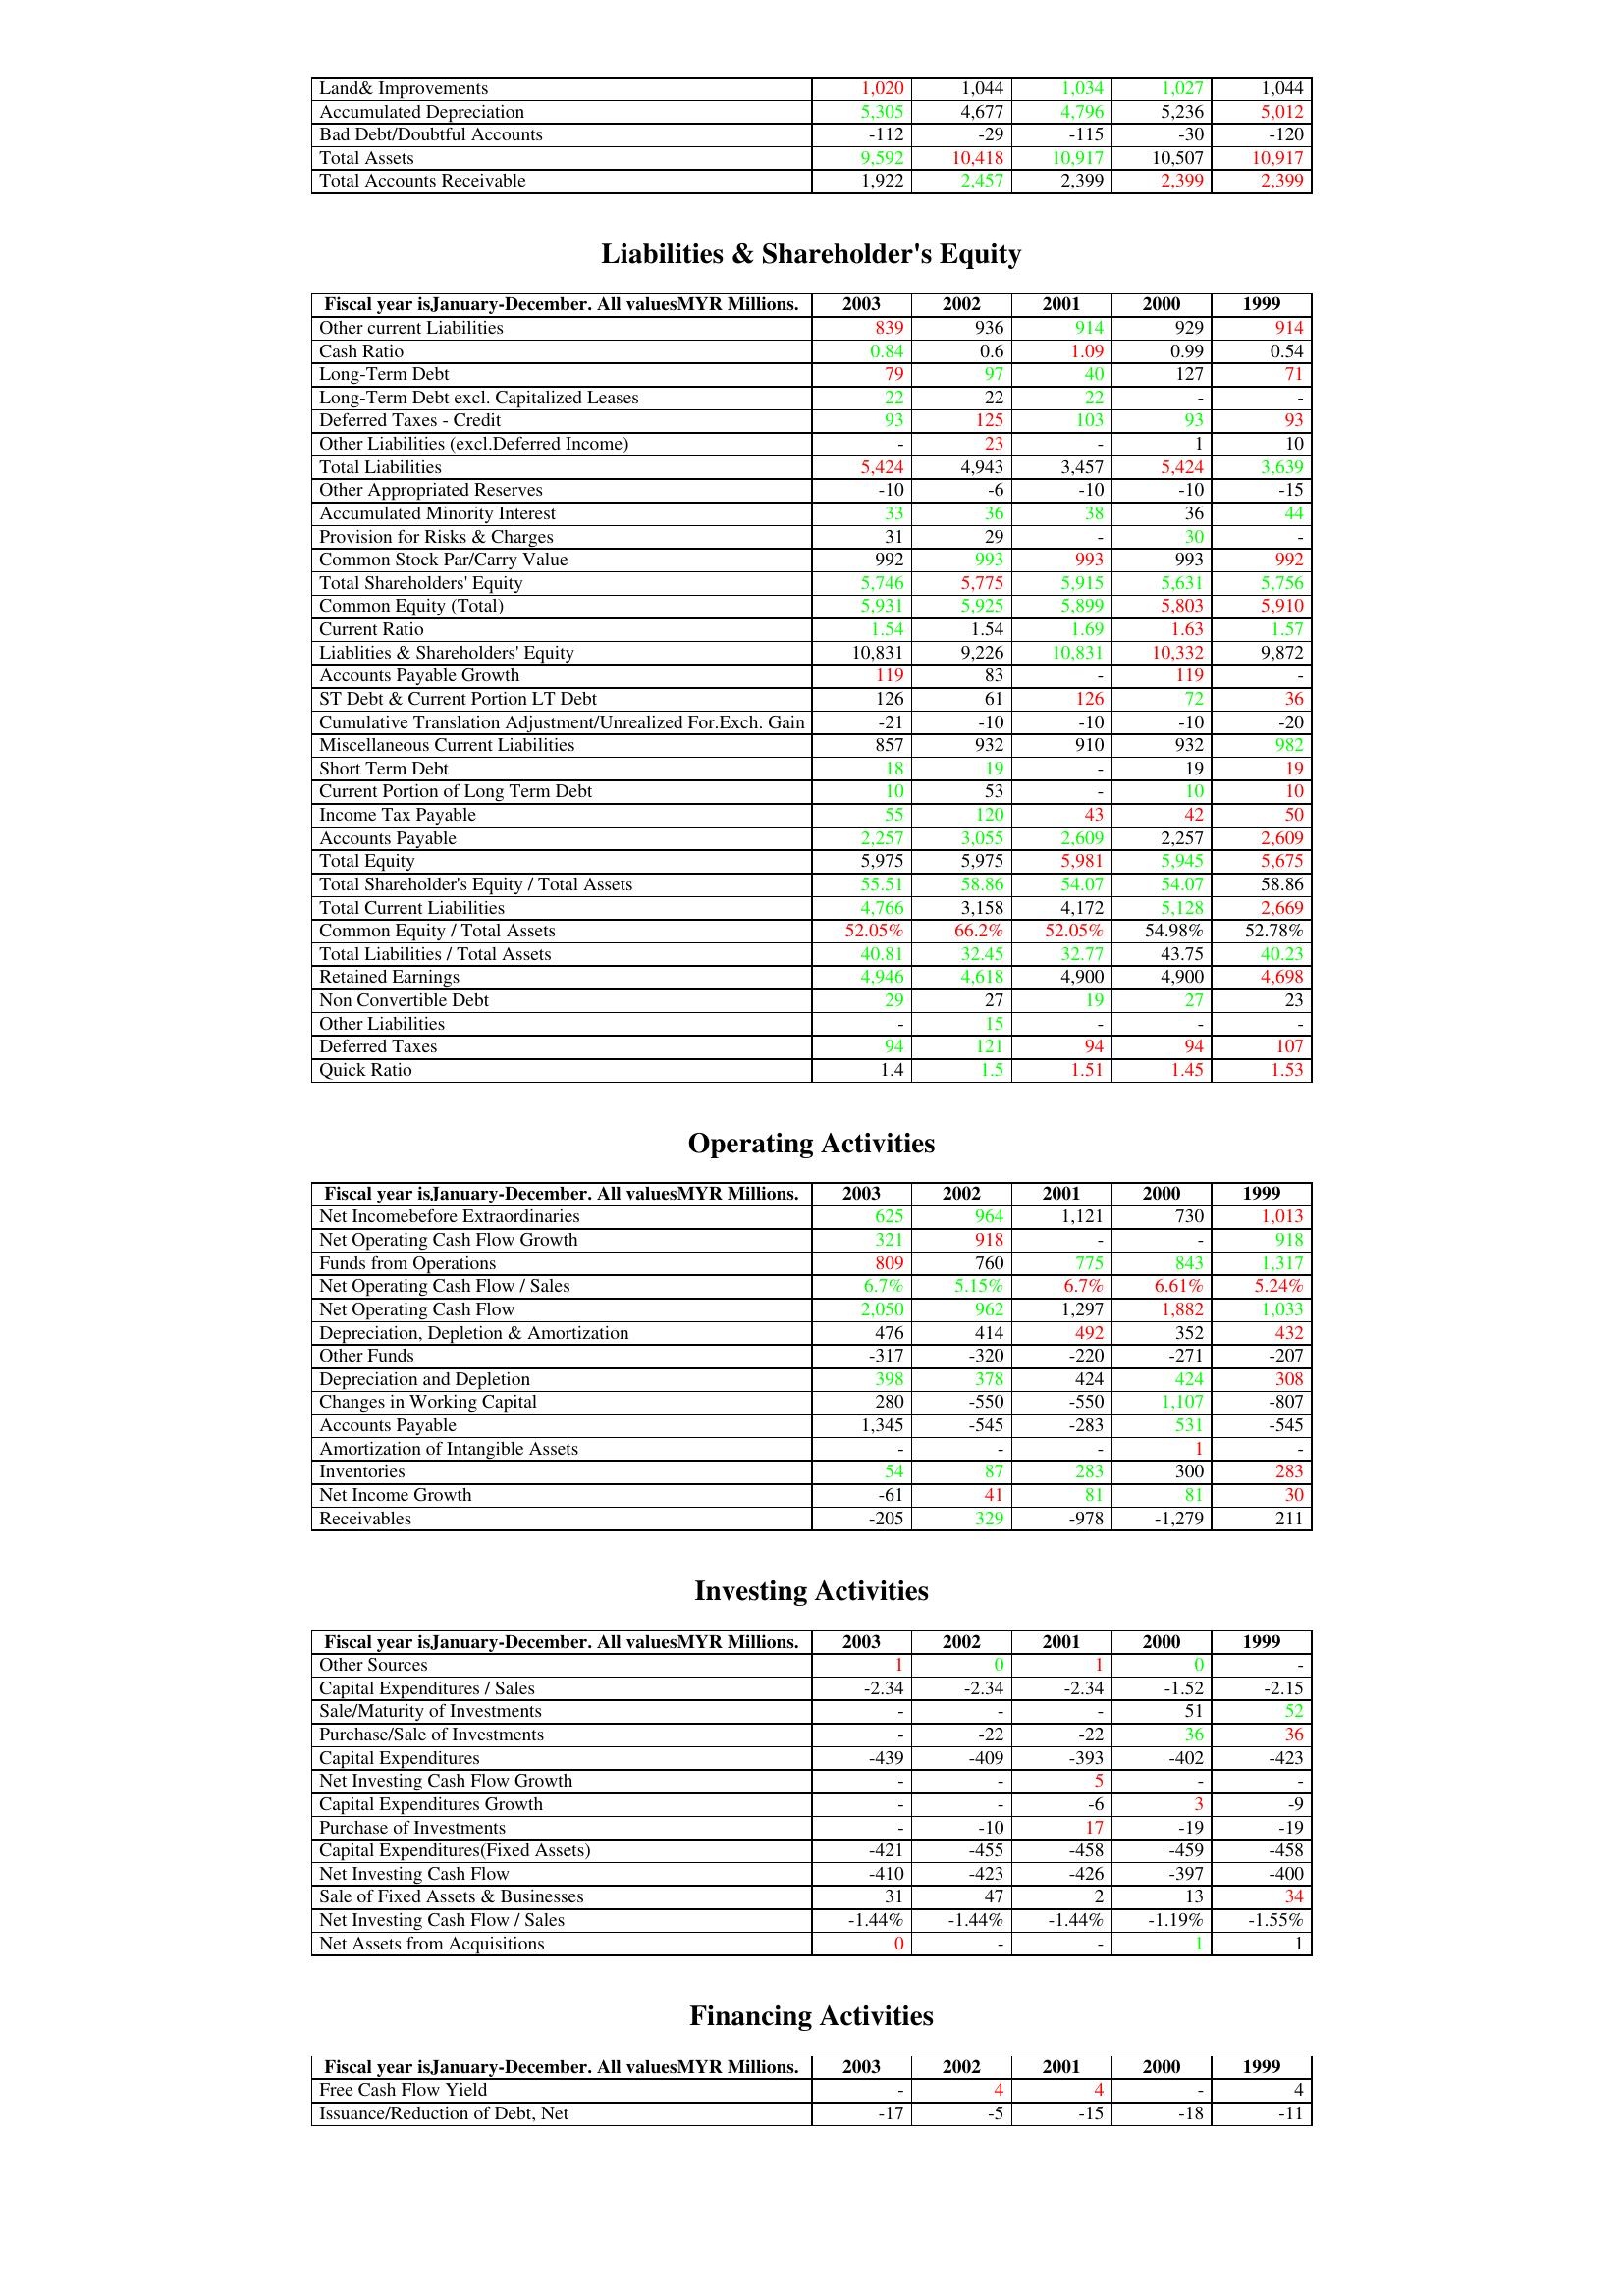
gt_parse: 2003: Assets: Land& Improvements: 1,020
Accumulated Depreciation: 5,305
Bad Debt/Doubtful Accounts: -112
Total Assets: 9,592
Total Accounts Receivable: 1,922
Liabilities & Shareholder's Equity: Other current Liabilities: 839
Cash Ratio: 0.84
Long-Term Debt: 79
Long-Term Debt excl. Capitalized Leases: 22
Deferred Taxes - Credit: 93
Other Liabilities (excl.Deferred Income): -
Total Liabilities: 5,424
Other Appropriated Reserves: -10
Accumulated Minority Interest: 33
Provision for Risks & Charges: 31
Common Stock Par/Carry Value: 992
Total Shareholders' Equity: 5,746
Common Equity (Total): 5,931
Current Ratio: 1.54
Liablities & Shareholders' Equity: 10,831
Accounts Payable Growth: 119
ST Debt & Current Portion LT Debt: 126
Cumulative Translation Adjustment/Unrealized For.Exch. Gain: -21
Miscellaneous Current Liabilities: 857
Short Term Debt: 18
Current Portion of Long Term Debt: 10
Income Tax Payable: 55
Accounts Payable: 2,257
Total Equity: 5,975
Total Shareholder's Equity / Total Assets: 55.51
Total Current Liabilities: 4,766
Common Equity / Total Assets: 52.05%
Total Liabilities / Total Assets: 40.81
Retained Earnings: 4,946
Non Convertible Debt: 29
Other Liabilities: -
Deferred Taxes: 94
Quick Ratio: 1.4
Operating Activities: Net Incomebefore Extraordinaries: 625
Net Operating Cash Flow Growth: 321
Funds from Operations: 809
Net Operating Cash Flow / Sales: 6.7%
Net Operating Cash Flow: 2,050
Depreciation, Depletion & Amortization: 476
Other Funds: -317
Depreciation and Depletion: 398
Changes in Working Capital: 280
Accounts Payable: 1,345
Amortization of Intangible Assets: -
Inventories: 54
Net Income Growth: -61
Receivables: -205
Investing Activities: Other Sources: 1
Capital Expenditures / Sales: -2.34
Sale/Maturity of Investments: -
Purchase/Sale of Investments: -
Capital Expenditures: -439
Net Investing Cash Flow Growth: -
Capital Expenditures Growth: -
Purchase of Investments: -
Capital Expenditures(Fixed Assets): -421
Net Investing Cash Flow: -410
Sale of Fixed Assets & Businesses: 31
Net Investing Cash Flow / Sales: -1.44%
Net Assets from Acquisitions: 0
Financing Activities: Free Cash Flow Yield: -
Issuance/Reduction of Debt, Net: -17
2002: Assets: Land& Improvements: 1,044
Accumulated Depreciation: 4,677
Bad Debt/Doubtful Accounts: -29
Total Assets: 10,418
Total Accounts Receivable: 2,457
Liabilities & Shareholder's Equity: Other current Liabilities: 936
Cash Ratio: 0.6
Long-Term Debt: 97
Long-Term Debt excl. Capitalized Leases: 22
Deferred Taxes - Credit: 125
Other Liabilities (excl.Deferred Income): 23
Total Liabilities: 4,943
Other Appropriated Reserves: -6
Accumulated Minority Interest: 36
Provision for Risks & Charges: 29
Common Stock Par/Carry Value: 993
Total Shareholders' Equity: 5,775
Common Equity (Total): 5,925
Current Ratio: 1.54
Liablities & Shareholders' Equity: 9,226
Accounts Payable Growth: 83
ST Debt & Current Portion LT Debt: 61
Cumulative Translation Adjustment/Unrealized For.Exch. Gain: -10
Miscellaneous Current Liabilities: 932
Short Term Debt: 19
Current Portion of Long Term Debt: 53
Income Tax Payable: 120
Accounts Payable: 3,055
Total Equity: 5,975
Total Shareholder's Equity / Total Assets: 58.86
Total Current Liabilities: 3,158
Common Equity / Total Assets: 66.2%
Total Liabilities / Total Assets: 32.45
Retained Earnings: 4,618
Non Convertible Debt: 27
Other Liabilities: 15
Deferred Taxes: 121
Quick Ratio: 1.5
Operating Activities: Net Incomebefore Extraordinaries: 964
Net Operating Cash Flow Growth: 918
Funds from Operations: 760
Net Operating Cash Flow / Sales: 5.15%
Net Operating Cash Flow: 962
Depreciation, Depletion & Amortization: 414
Other Funds: -320
Depreciation and Depletion: 378
Changes in Working Capital: -550
Accounts Payable: -545
Amortization of Intangible Assets: -
Inventories: 87
Net Income Growth: 41
Receivables: 329
Investing Activities: Other Sources: 0
Capital Expenditures / Sales: -2.34
Sale/Maturity of Investments: -
Purchase/Sale of Investments: -22
Capital Expenditures: -409
Net Investing Cash Flow Growth: -
Capital Expenditures Growth: -
Purchase of Investments: -10
Capital Expenditures(Fixed Assets): -455
Net Investing Cash Flow: -423
Sale of Fixed Assets & Businesses: 47
Net Investing Cash Flow / Sales: -1.44%
Net Assets from Acquisitions: -
Financing Activities: Free Cash Flow Yield: 4
Issuance/Reduction of Debt, Net: -5
2001: Assets: Land& Improvements: 1,034
Accumulated Depreciation: 4,796
Bad Debt/Doubtful Accounts: -115
Total Assets: 10,917
Total Accounts Receivable: 2,399
Liabilities & Shareholder's Equity: Other current Liabilities: 914
Cash Ratio: 1.09
Long-Term Debt: 40
Long-Term Debt excl. Capitalized Leases: 22
Deferred Taxes - Credit: 103
Other Liabilities (excl.Deferred Income): -
Total Liabilities: 3,457
Other Appropriated Reserves: -10
Accumulated Minority Interest: 38
Provision for Risks & Charges: -
Common Stock Par/Carry Value: 993
Total Shareholders' Equity: 5,915
Common Equity (Total): 5,899
Current Ratio: 1.69
Liablities & Shareholders' Equity: 10,831
Accounts Payable Growth: -
ST Debt & Current Portion LT Debt: 126
Cumulative Translation Adjustment/Unrealized For.Exch. Gain: -10
Miscellaneous Current Liabilities: 910
Short Term Debt: -
Current Portion of Long Term Debt: -
Income Tax Payable: 43
Accounts Payable: 2,609
Total Equity: 5,981
Total Shareholder's Equity / Total Assets: 54.07
Total Current Liabilities: 4,172
Common Equity / Total Assets: 52.05%
Total Liabilities / Total Assets: 32.77
Retained Earnings: 4,900
Non Convertible Debt: 19
Other Liabilities: -
Deferred Taxes: 94
Quick Ratio: 1.51
Operating Activities: Net Incomebefore Extraordinaries: 1,121
Net Operating Cash Flow Growth: -
Funds from Operations: 775
Net Operating Cash Flow / Sales: 6.7%
Net Operating Cash Flow: 1,297
Depreciation, Depletion & Amortization: 492
Other Funds: -220
Depreciation and Depletion: 424
Changes in Working Capital: -550
Accounts Payable: -283
Amortization of Intangible Assets: -
Inventories: 283
Net Income Growth: 81
Receivables: -978
Investing Activities: Other Sources: 1
Capital Expenditures / Sales: -2.34
Sale/Maturity of Investments: -
Purchase/Sale of Investments: -22
Capital Expenditures: -393
Net Investing Cash Flow Growth: 5
Capital Expenditures Growth: -6
Purchase of Investments: 17
Capital Expenditures(Fixed Assets): -458
Net Investing Cash Flow: -426
Sale of Fixed Assets & Businesses: 2
Net Investing Cash Flow / Sales: -1.44%
Net Assets from Acquisitions: -
Financing Activities: Free Cash Flow Yield: 4
Issuance/Reduction of Debt, Net: -15
2000: Assets: Land& Improvements: 1,027
Accumulated Depreciation: 5,236
Bad Debt/Doubtful Accounts: -30
Total Assets: 10,507
Total Accounts Receivable: 2,399
Liabilities & Shareholder's Equity: Other current Liabilities: 929
Cash Ratio: 0.99
Long-Term Debt: 127
Long-Term Debt excl. Capitalized Leases: -
Deferred Taxes - Credit: 93
Other Liabilities (excl.Deferred Income): 1
Total Liabilities: 5,424
Other Appropriated Reserves: -10
Accumulated Minority Interest: 36
Provision for Risks & Charges: 30
Common Stock Par/Carry Value: 993
Total Shareholders' Equity: 5,631
Common Equity (Total): 5,803
Current Ratio: 1.63
Liablities & Shareholders' Equity: 10,332
Accounts Payable Growth: 119
ST Debt & Current Portion LT Debt: 72
Cumulative Translation Adjustment/Unrealized For.Exch. Gain: -10
Miscellaneous Current Liabilities: 932
Short Term Debt: 19
Current Portion of Long Term Debt: 10
Income Tax Payable: 42
Accounts Payable: 2,257
Total Equity: 5,945
Total Shareholder's Equity / Total Assets: 54.07
Total Current Liabilities: 5,128
Common Equity / Total Assets: 54.98%
Total Liabilities / Total Assets: 43.75
Retained Earnings: 4,900
Non Convertible Debt: 27
Other Liabilities: -
Deferred Taxes: 94
Quick Ratio: 1.45
Operating Activities: Net Incomebefore Extraordinaries: 730
Net Operating Cash Flow Growth: -
Funds from Operations: 843
Net Operating Cash Flow / Sales: 6.61%
Net Operating Cash Flow: 1,882
Depreciation, Depletion & Amortization: 352
Other Funds: -271
Depreciation and Depletion: 424
Changes in Working Capital: 1,107
Accounts Payable: 531
Amortization of Intangible Assets: 1
Inventories: 300
Net Income Growth: 81
Receivables: -1,279
Investing Activities: Other Sources: 0
Capital Expenditures / Sales: -1.52
Sale/Maturity of Investments: 51
Purchase/Sale of Investments: 36
Capital Expenditures: -402
Net Investing Cash Flow Growth: -
Capital Expenditures Growth: 3
Purchase of Investments: -19
Capital Expenditures(Fixed Assets): -459
Net Investing Cash Flow: -397
Sale of Fixed Assets & Businesses: 13
Net Investing Cash Flow / Sales: -1.19%
Net Assets from Acquisitions: 1
Financing Activities: Free Cash Flow Yield: -
Issuance/Reduction of Debt, Net: -18
1999: Assets: Land& Improvements: 1,044
Accumulated Depreciation: 5,012
Bad Debt/Doubtful Accounts: -120
Total Assets: 10,917
Total Accounts Receivable: 2,399
Liabilities & Shareholder's Equity: Other current Liabilities: 914
Cash Ratio: 0.54
Long-Term Debt: 71
Long-Term Debt excl. Capitalized Leases: -
Deferred Taxes - Credit: 93
Other Liabilities (excl.Deferred Income): 10
Total Liabilities: 3,639
Other Appropriated Reserves: -15
Accumulated Minority Interest: 44
Provision for Risks & Charges: -
Common Stock Par/Carry Value: 992
Total Shareholders' Equity: 5,756
Common Equity (Total): 5,910
Current Ratio: 1.57
Liablities & Shareholders' Equity: 9,872
Accounts Payable Growth: -
ST Debt & Current Portion LT Debt: 36
Cumulative Translation Adjustment/Unrealized For.Exch. Gain: -20
Miscellaneous Current Liabilities: 982
Short Term Debt: 19
Current Portion of Long Term Debt: 10
Income Tax Payable: 50
Accounts Payable: 2,609
Total Equity: 5,675
Total Shareholder's Equity / Total Assets: 58.86
Total Current Liabilities: 2,669
Common Equity / Total Assets: 52.78%
Total Liabilities / Total Assets: 40.23
Retained Earnings: 4,698
Non Convertible Debt: 23
Other Liabilities: -
Deferred Taxes: 107
Quick Ratio: 1.53
Operating Activities: Net Incomebefore Extraordinaries: 1,013
Net Operating Cash Flow Growth: 918
Funds from Operations: 1,317
Net Operating Cash Flow / Sales: 5.24%
Net Operating Cash Flow: 1,033
Depreciation, Depletion & Amortization: 432
Other Funds: -207
Depreciation and Depletion: 308
Changes in Working Capital: -807
Accounts Payable: -545
Amortization of Intangible Assets: -
Inventories: 283
Net Income Growth: 30
Receivables: 211
Investing Activities: Other Sources: -
Capital Expenditures / Sales: -2.15
Sale/Maturity of Investments: 52
Purchase/Sale of Investments: 36
Capital Expenditures: -423
Net Investing Cash Flow Growth: -
Capital Expenditures Growth: -9
Purchase of Investments: -19
Capital Expenditures(Fixed Assets): -458
Net Investing Cash Flow: -400
Sale of Fixed Assets & Businesses: 34
Net Investing Cash Flow / Sales: -1.55%
Net Assets from Acquisitions: 1
Financing Activities: Free Cash Flow Yield: 4
Issuance/Reduction of Debt, Net: -11